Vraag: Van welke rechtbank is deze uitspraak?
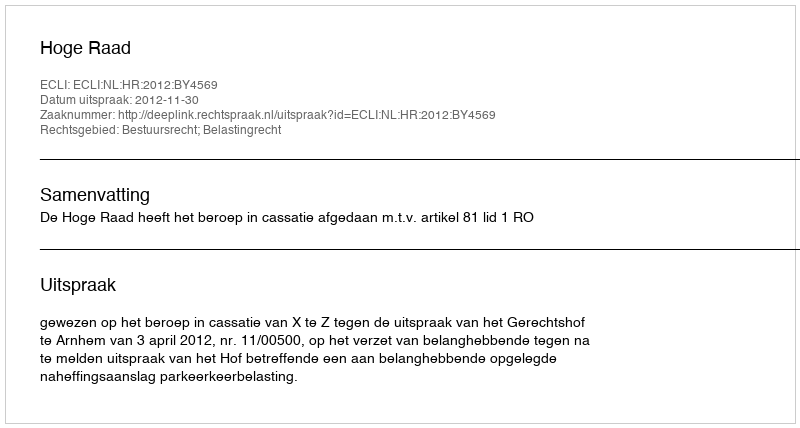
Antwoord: Hoge Raad